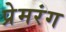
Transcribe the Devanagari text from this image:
प्रेमरंग